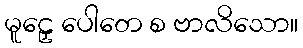
မူဠှေ ပေါတေ စ ဗာလိသော။